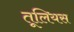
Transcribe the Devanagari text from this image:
तूलियस